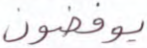
يوفضون